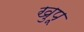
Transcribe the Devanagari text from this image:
खुपू